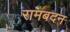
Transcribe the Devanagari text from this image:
रामबदन